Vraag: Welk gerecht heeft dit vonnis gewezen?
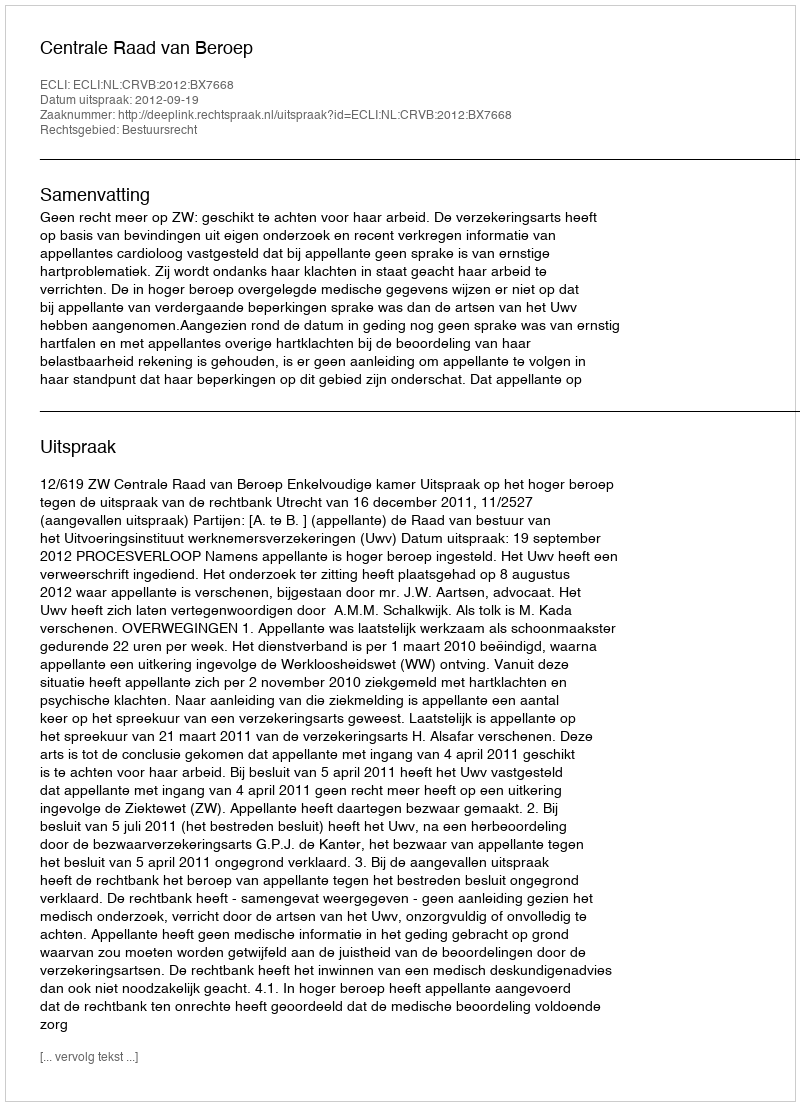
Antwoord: Centrale Raad van Beroep